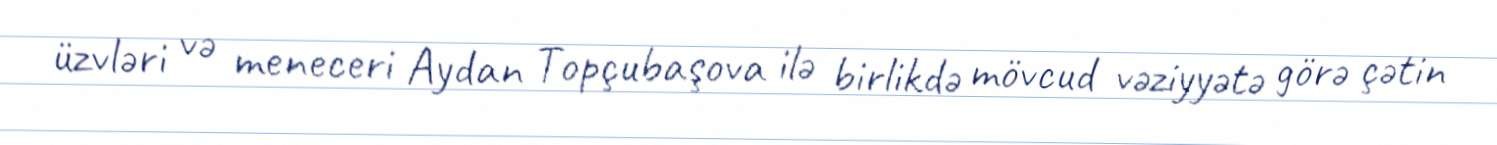
üzvləri və meneceri Aydan Topçubaşova ilə birlikdə mövcud vəziyyətə görə çətin